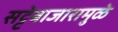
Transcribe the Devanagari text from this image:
सट्टेबाजारामुळे